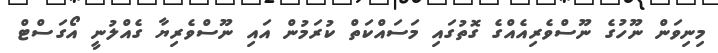
މިނިވަން ނޫހުގެ ނޫސްވެރިއެއްގެ ގޮތުގައި މަސައްކަތް ކުރަމުން އައި ނޫސްވެރިޔާ ގެއްލުނީ އޯގަސްޓް